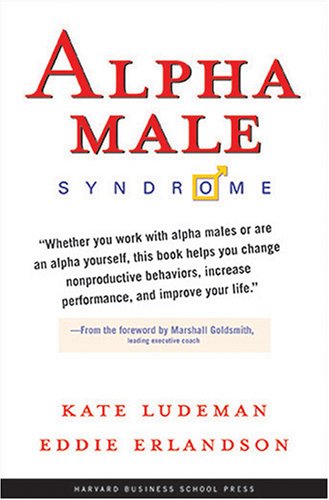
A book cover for Alpha Male Syndrome; Kate Ludeman; Business & Money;